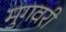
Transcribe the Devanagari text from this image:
मुगवरी